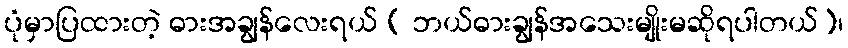
ပုံမှာပြထားတဲ့ ဓားအချွန်လေးရယ် ( ဘယ်ဓားချွန်အသေးမျိုးမဆိုရပါတယ်)၊